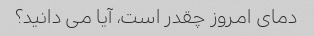
دمای امروز چقدر است، آیا می دانید؟